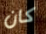
كان